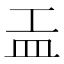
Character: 𥁁